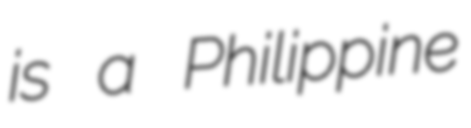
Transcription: is a Philippine